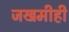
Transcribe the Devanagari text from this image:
जखमीही